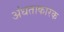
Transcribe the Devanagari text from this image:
अंधताकारक